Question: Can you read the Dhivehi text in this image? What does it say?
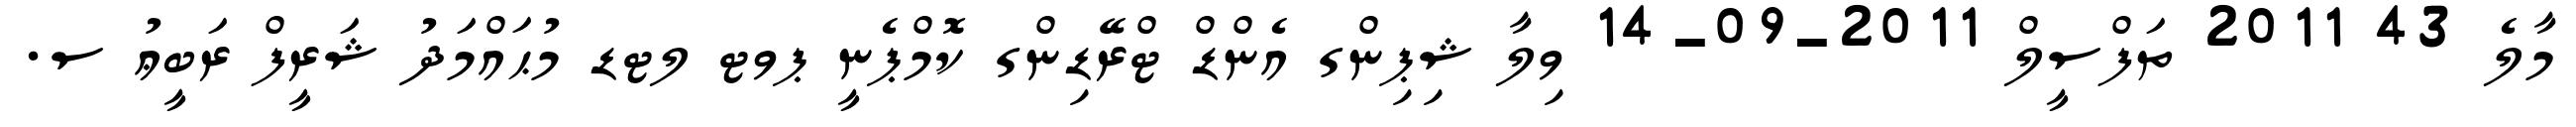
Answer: މާލެ 43 2011 ތަފްސީލް 2011-09-14 ވިލާ ޝިޕިންގ އެންޑް ޓްރޭޑިންގ ކޮމްޕެނީ ޕވޓ ލޓޑ މުޙައްމަދު ޝަރީފް ރަބީޢު ސ.